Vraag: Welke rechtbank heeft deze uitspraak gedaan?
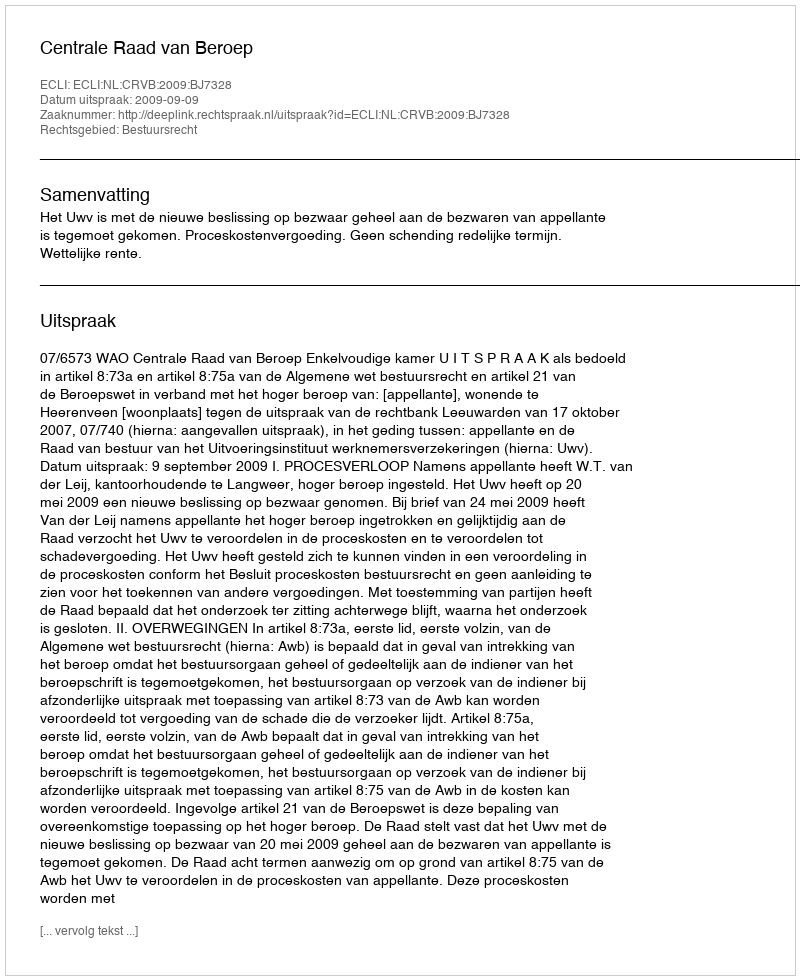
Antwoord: Centrale Raad van Beroep